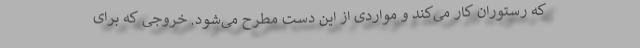
که رستوران کار می‌کند و مواردی از این دست مطرح می‌شود. خروجی که برای